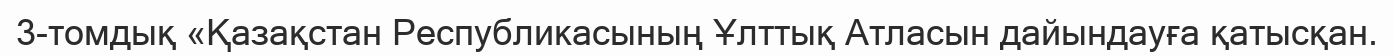
3-томдық «Қазақстан Республикасының Ұлттық Атласын дайындауға қатысқан.